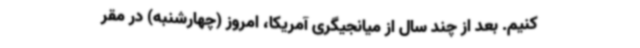
کنیم. بعد از چند سال از میانجیگری آمریکا، امروز (چهارشنبه) در مقر